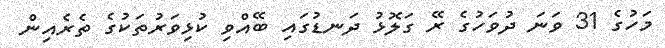
މަހުގެ 31 ވަނަ ދުވަހުގެ ރޭ ގަލޮޅު ދަނޑުގައި ބޭއްވި ކުޅިވަރުތަކުގެ ތެރެއިން